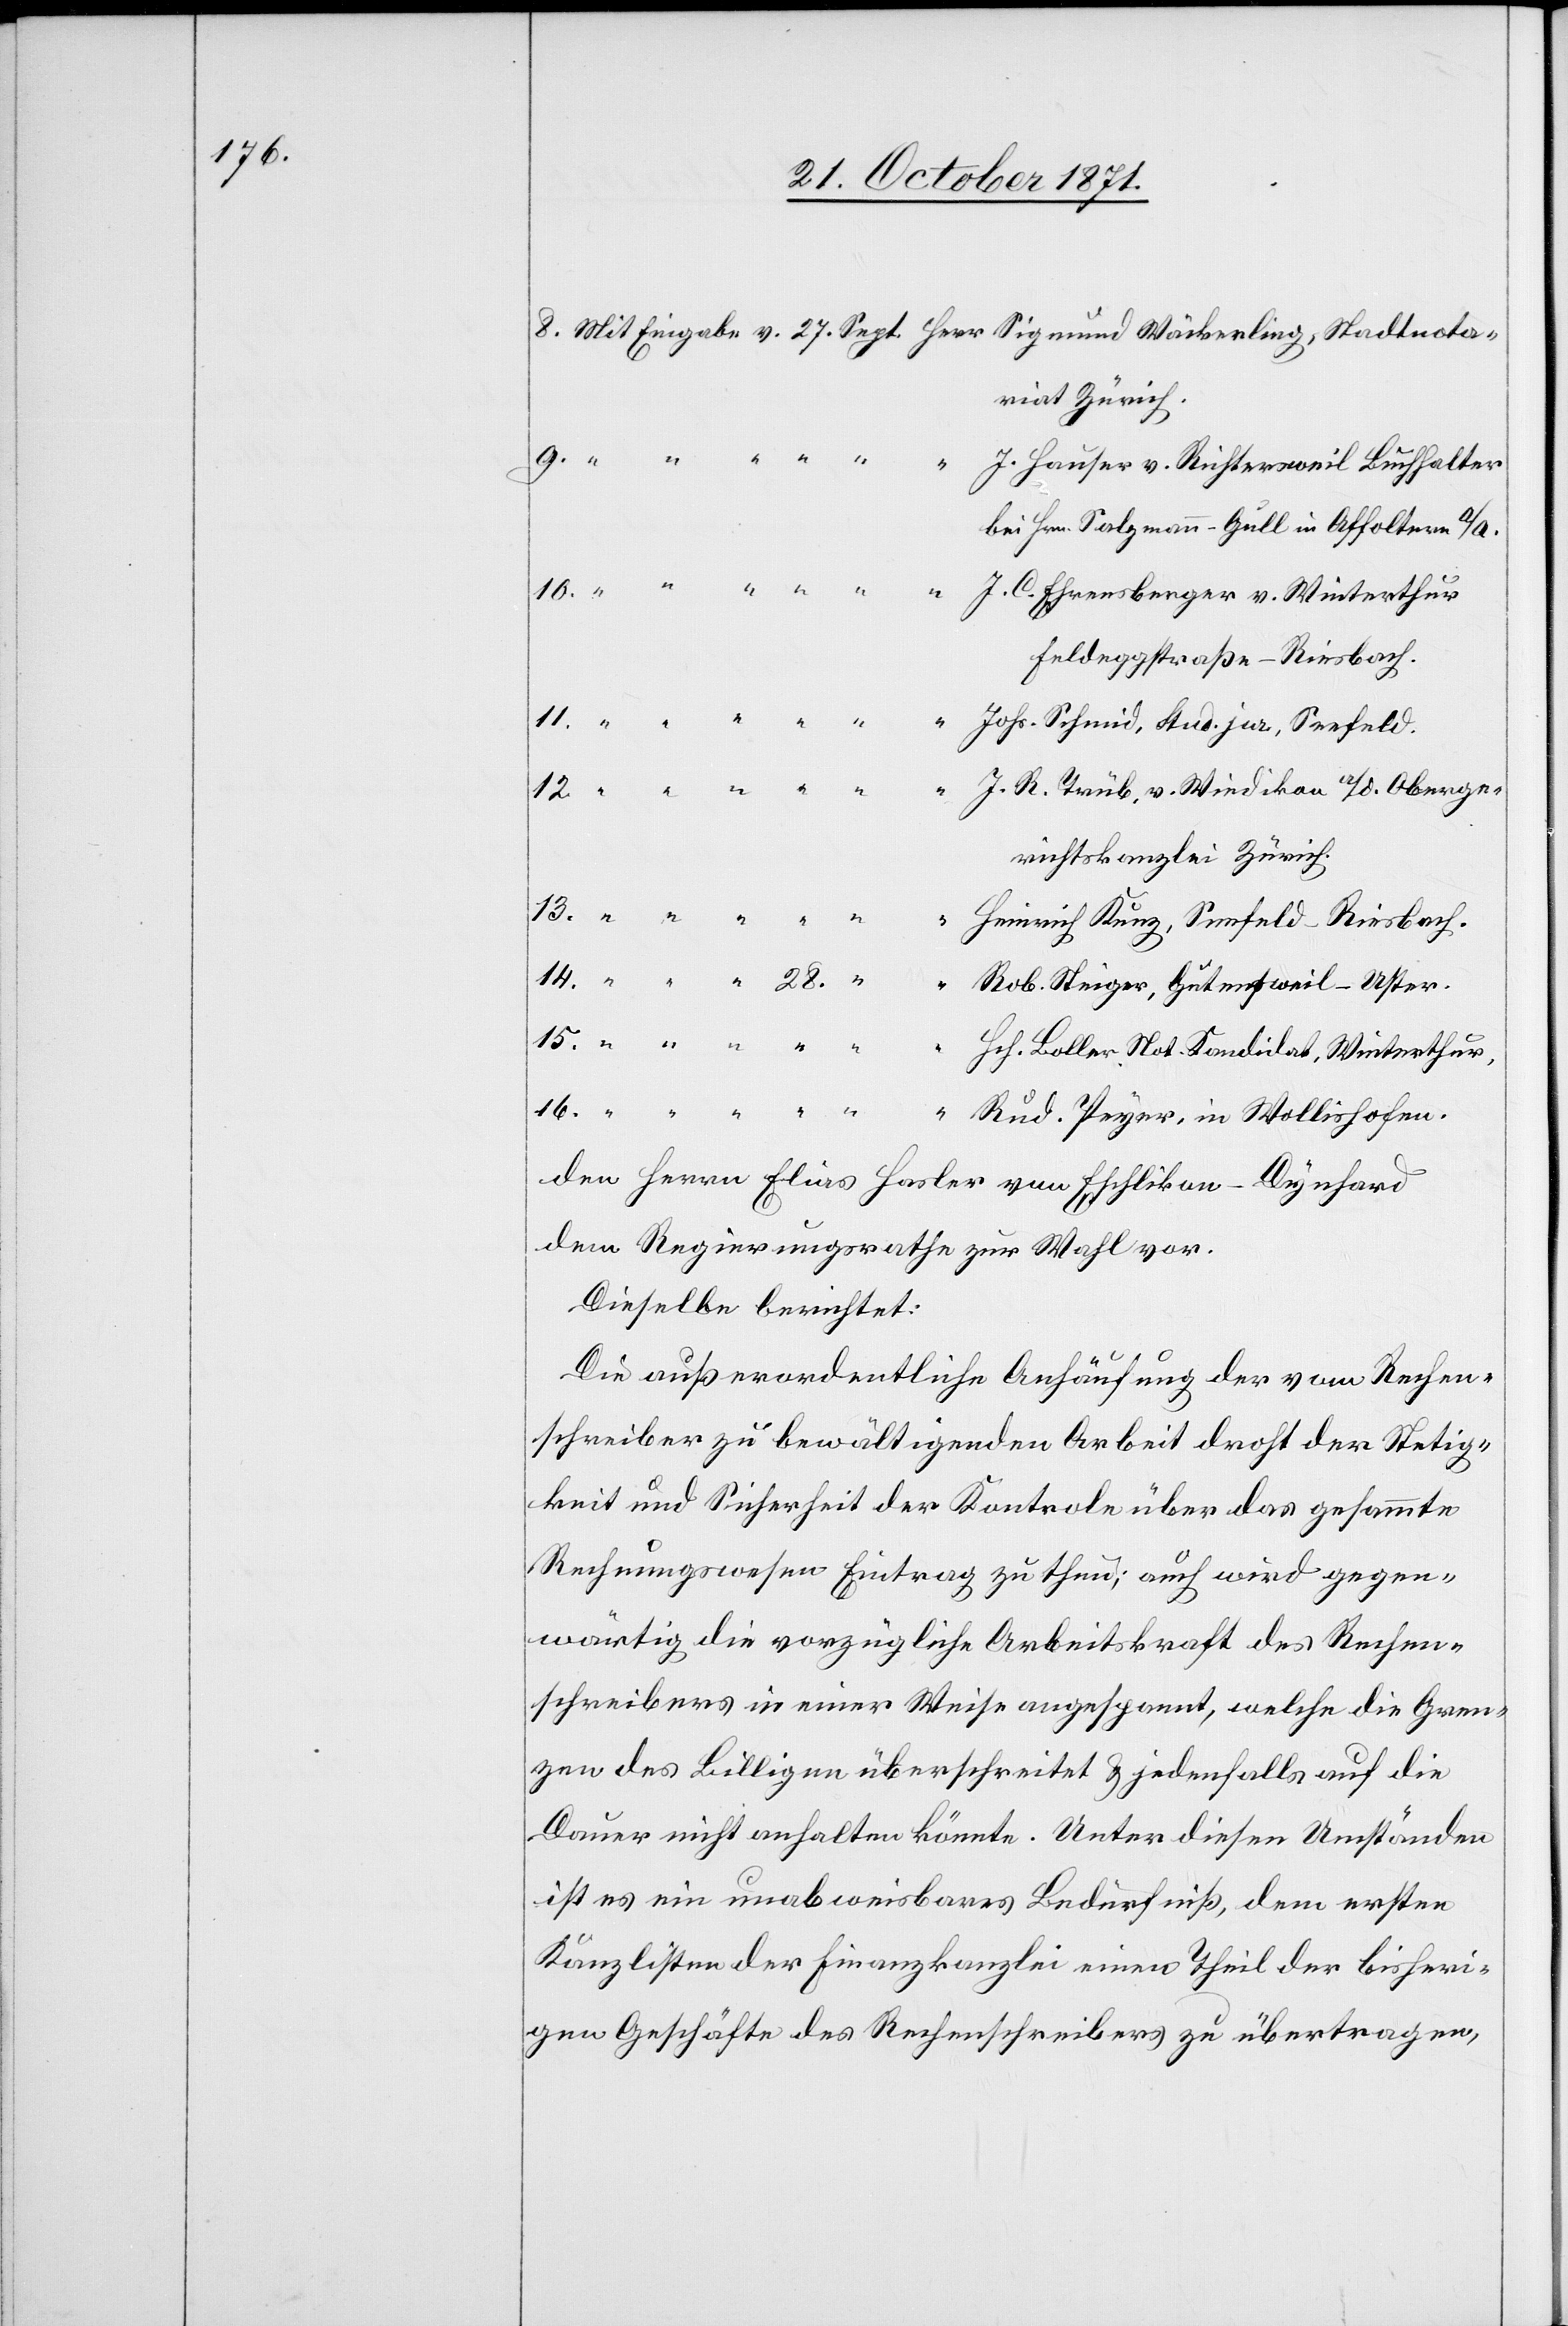
J. Hauser v. Richtersweil Buchhalter
bei Hrn. Salzmann-Gull in Affoltern a/A.
16.
J. C. Ehrensberger v. Winterthur
Feldeggstraße-Riesbach.
Johs. Schmid, stud. jur. Seefeld.
richtskanzlei Zürich.
den Herrn Elias Basler von Eschlikon-Dynhard
dem Regierungsrath zur Wahl vor.
Dieselbe berichtet:
Die außerordentliche Anhäufung der vom Rechen¬
schreiber zu bewältigenden Arbeit droht der Stetig¬
keit und Sicherheit der Kontrole über das gesammte
Rechnungswesen Eintrag zu thun; auch wird gegen¬
wärtig die vorzügliche Arbeitskraft des Rechen¬
schreibers in einer Weise angespannt, welche die Gren¬
zen des Billigen überschreitet & jedenfalls auf die
Dauer nicht anhalten könnte. Unter diesen Umständen
ist es ein unabweisbares Bedürfniß, dem ersten
Kanzlisten der Finanzkanzlei einen Theil der bisheri¬
gen Geschäfte des Rechenschreibers zu übertragen,